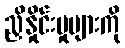
ညှိနှိုင်းမှုများကို